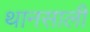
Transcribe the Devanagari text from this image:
थानसाली